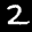
Label: 2